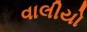
વાલીયો